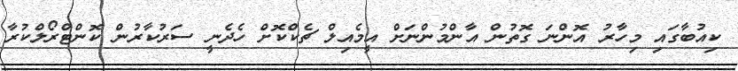
ކިއުބާގައި މިހާރު އޮންނަ ގޮތުން އާންމުންނަށް އީމެއިލް ޗެކްކޮށް ހެދެނީ ސަރުކާރުން ކޮންޓްރޯލްކުރާ